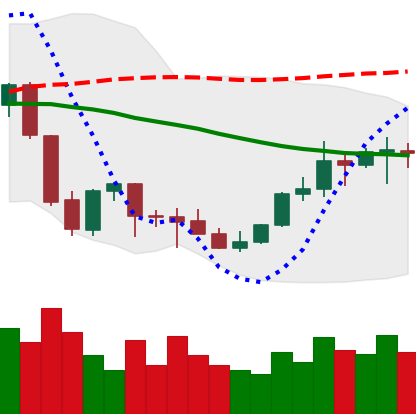
Ticker: EOS-USD
Chart end date: 2021-10-07
Forward return: -4.83%
Label: down_3_5